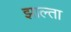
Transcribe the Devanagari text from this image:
झाल्ता